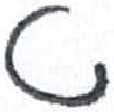
אות: ט